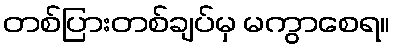
တစ်ပြားတစ်ချပ်မှ မကွာစေရ။